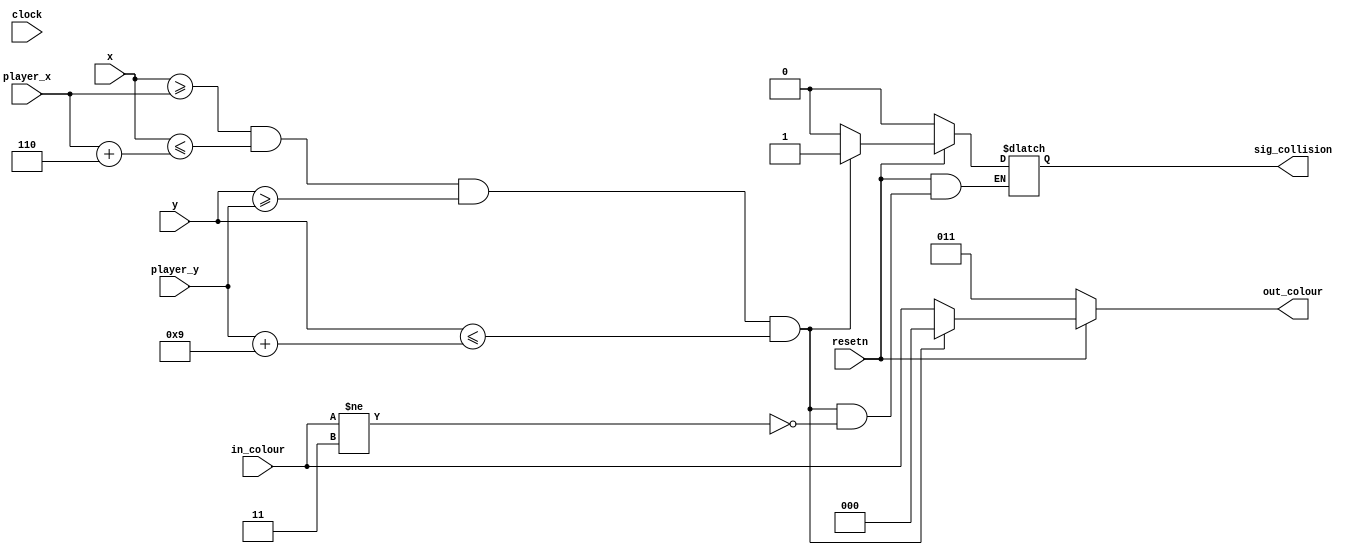
module pixel_overlay (
	clock,
	resetn,
	out_colour,
	in_colour,
	x,
	y,
	sig_collision,
	player_x,
	player_y
);

	input clock, resetn;
	input [7:0] x, player_x;
	input [6:0] y, player_y;
	input [2:0] in_colour;
	output reg [2:0] out_colour;
	output reg sig_collision;
	
	/*
		To animate the player (jumping), the player's coordinates
		would be wired to another module responsible for controlling
		the character.
	*/
	
	/*
		We can also draw text overlays in this module,
		perhaps by using a helper module to draw different
		letters/numbers.
	*/
	
	always @(clock) begin
		if(!resetn) begin
			out_colour <= 3'b011;
			sig_collision <= 1'b0;
		end else if(x >= player_x && x <= player_x + 8'd6 && y >= player_y && y <= player_y + 7'd9) begin
			out_colour <= 3'b000;
			
			/* If a non-sky colour would have been drawn, trigger a collision. */
			if(in_colour != 3'b011) begin
				sig_collision <= 1'b1;
			end
		end else begin
			out_colour <= in_colour;
			sig_collision <= 1'b0;
		end
	end

endmodule